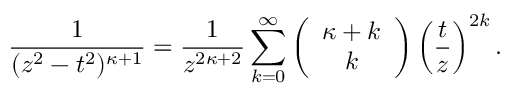
\frac { 1 } { ( z ^ { 2 } - t ^ { 2 } ) ^ { \kappa + 1 } } = \frac { 1 } { z ^ { 2 \kappa + 2 } } \sum _ { k = 0 } ^ { \infty } \left( \begin{array} { c } { { \kappa + k } } \\ { { k } } \end{array} \right) \left( \frac { t } { z } \right) ^ { 2 k } .